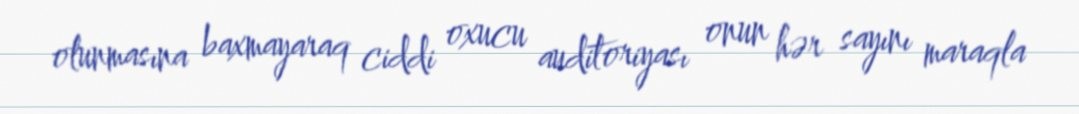
olunmasına baxmayaraq ciddi oxucu auditoriyası onun hər sayını maraqla